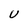
Character: U